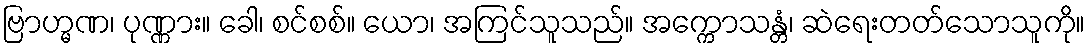
ဗြာဟ္မဏ၊ ပုဏ္ဏား။ ခေါ၊ စင်စစ်။ ယော၊ အကြင်သူသည်။ အက္ကောသန္တံ၊ ဆဲရေးတတ်သောသူကို။